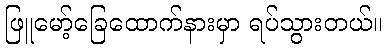
ဖြူမော့်ခြေထောက်နားမှာ ရပ်သွားတယ်။